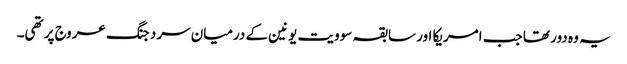
یہ وہ دور تھا جب امریکا اور سابقہ سوویت یونین کے درمیان سرد جنگ عروج پر تھی۔